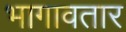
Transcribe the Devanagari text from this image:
भागावतार